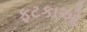
ફટકાઓ